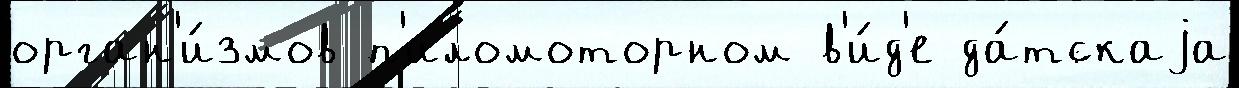
орган'и́змов п'иломоторном в'и́д'е да́тскаjа